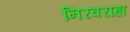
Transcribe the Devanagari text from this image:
निरवराहा